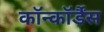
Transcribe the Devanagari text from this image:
कॉन्कॉर्डैंस